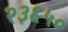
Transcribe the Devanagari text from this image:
२३६५०